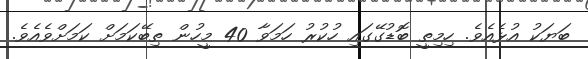
ބަޔަކު އުޅެއެވެ. ހިމިތީ ބޮޑުގޭގައި ހުކުރު ހަމަވާ 40 މީހުން ތިބޭކަމަށް ކަމަށްވެއެވެ.